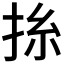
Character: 𢬡